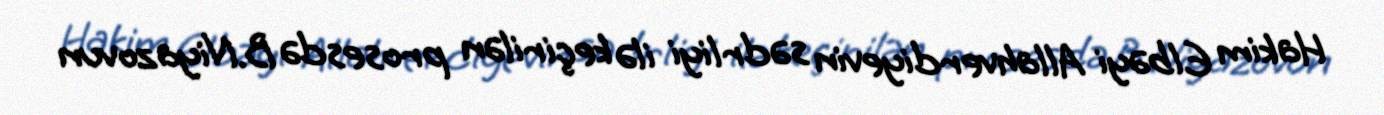
Hakim Elbəyi Allahverdiyevin sədrliyi ilə keçirilən prosesdə B.Niyazovun